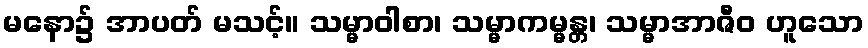
မနော၌ အာပတ် မသင့်။ သမ္မာဝါစာ၊ သမ္မာကမ္မန္တ၊ သမ္မာအာဇီဝ ဟူသော